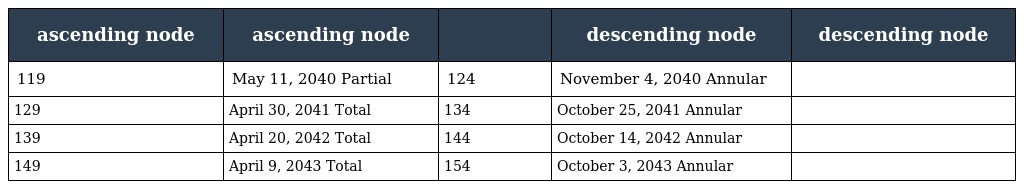
| ascending node | ascending node |  | descending node | descending node |
 | --- | --- | --- | --- | --- |
 | 119 | May 11, 2040 Partial | 124 | November 4, 2040 Annular |  |
 | 129 | April 30, 2041 Total | 134 | October 25, 2041 Annular |  |
 | 139 | April 20, 2042 Total | 144 | October 14, 2042 Annular |  |
 | 149 | April 9, 2043 Total | 154 | October 3, 2043 Annular |  |